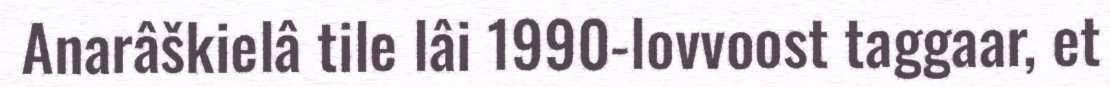
Anarâškielâ tile lâi 1990-lovvoost taggaar, et